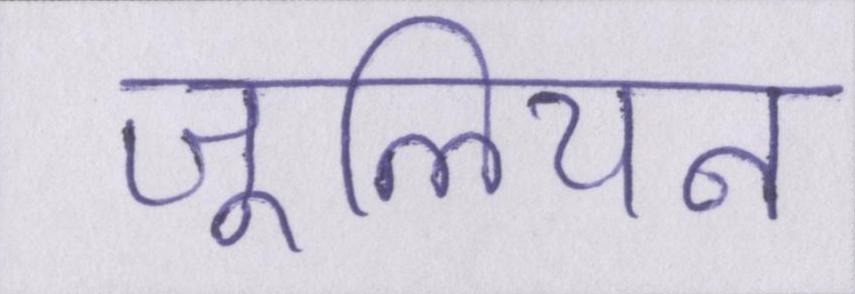
जूलियन